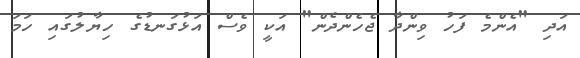
އަދި "އެންމެ ފަހު ވިންދާ ޖެހެންދެން" އަކީ ވެސް އަޅުގަނޑުގެ ހިޔާލުގައި ހަމަ